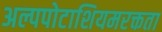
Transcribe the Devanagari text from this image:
अल्पपोटाशियमरक्तता